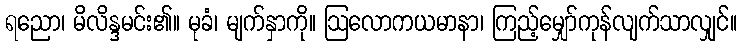
ရညော၊ မိလိန္ဒမင်း၏။ မုခံ၊ မျက်နှာကို။ ဩလောကယမာနာ၊ ကြည့်မျှော်ကုန်လျက်သာလျှင်။